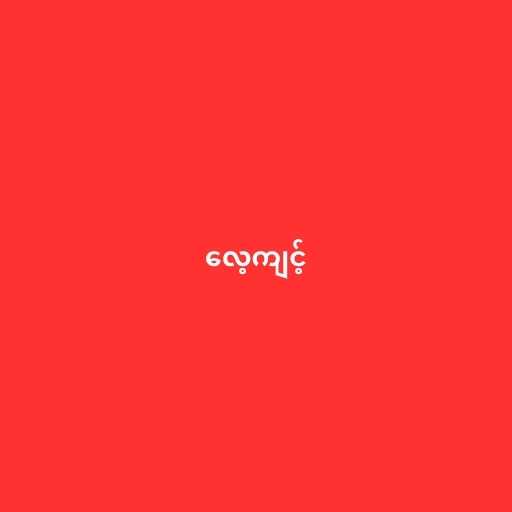
လေ့ကျင့်